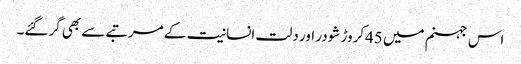
اس جہنم میں 45کروڑ شودر اور دلت انسانیت کے مرتبے سے بھی گرگئے۔